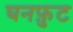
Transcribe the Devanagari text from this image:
घनफ़ुट